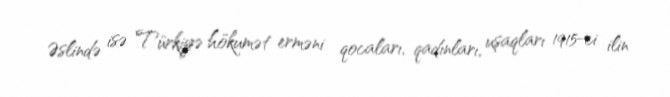
Əslində isə Türkiyə hökumət erməni qocaları, qadınları, uşaqları 1915-ci ilin